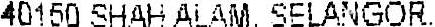
40150 SHAH ALAM, SELANGOR.